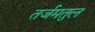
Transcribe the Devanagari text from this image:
तर्जमतुल